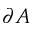
\partial A